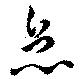
怠